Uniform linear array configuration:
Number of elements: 48
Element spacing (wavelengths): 0.75
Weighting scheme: blackman
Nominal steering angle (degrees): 45
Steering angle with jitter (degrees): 45.465
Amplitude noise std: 0.05
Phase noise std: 0.05

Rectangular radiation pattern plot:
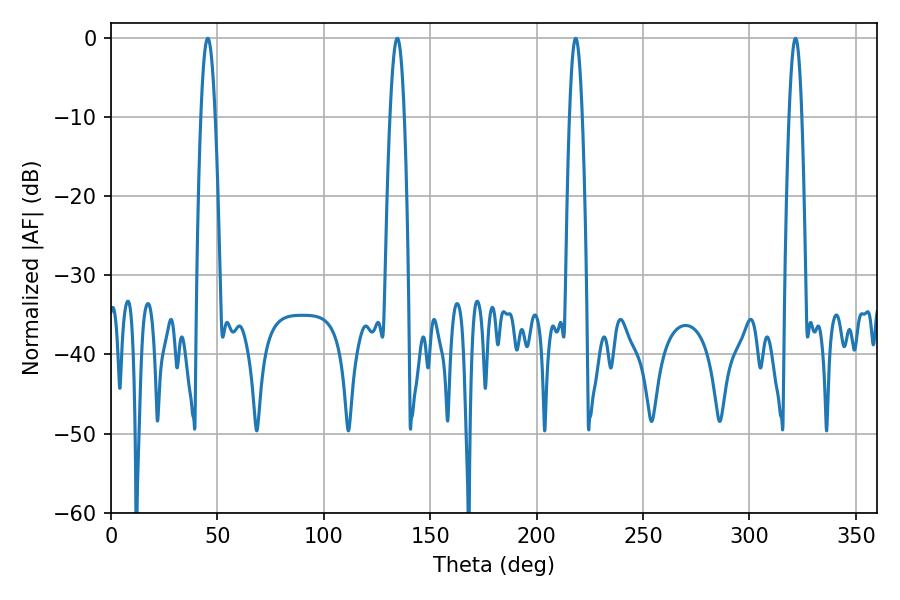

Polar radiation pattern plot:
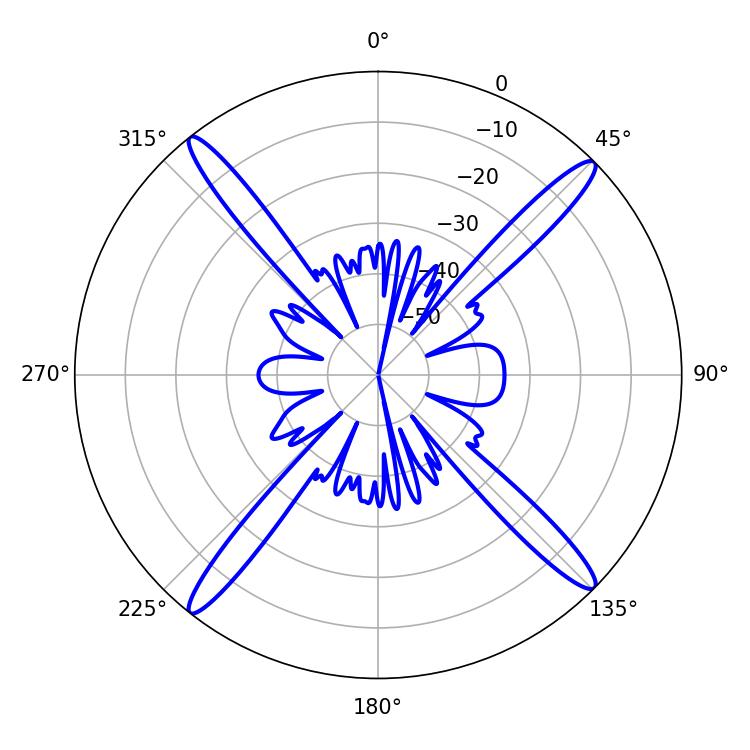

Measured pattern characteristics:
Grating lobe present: TRUE
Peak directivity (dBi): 19.526
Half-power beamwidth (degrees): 3.24
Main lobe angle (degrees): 218.34